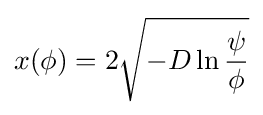
x(\phi )=2{\sqrt {-D\ln {\frac {\psi }{\phi }}}}